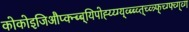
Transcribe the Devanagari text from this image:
कोकोइजिऔप्क्न्ब्ब्यिपोह्य्य्ग्य्व्ब्ब्व्त्च्व्त्र्फ्च्ग्फ्व्ग्व्ग